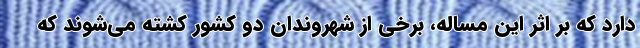
دارد که بر اثر این مساله، برخی از شهروندان دو کشور کشته می‌شوند که